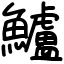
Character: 鱸